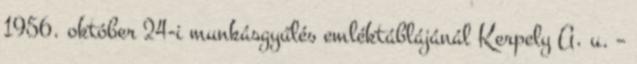
1956. október 24-i munkásgyűlés emléktáblájánál Kerpely A. u. –